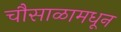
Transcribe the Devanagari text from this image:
चौसाळामधून